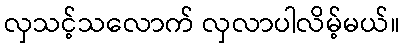
လှသင့်သလောက် လှလာပါလိမ့်မယ်။